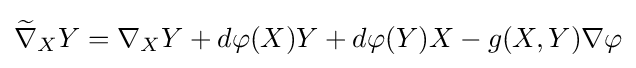
{\widetilde {\nabla }}_{X}Y=\nabla _{X}Y+d\varphi (X)Y+d\varphi (Y)X-g(X,Y)\nabla \varphi